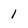
Character: 1